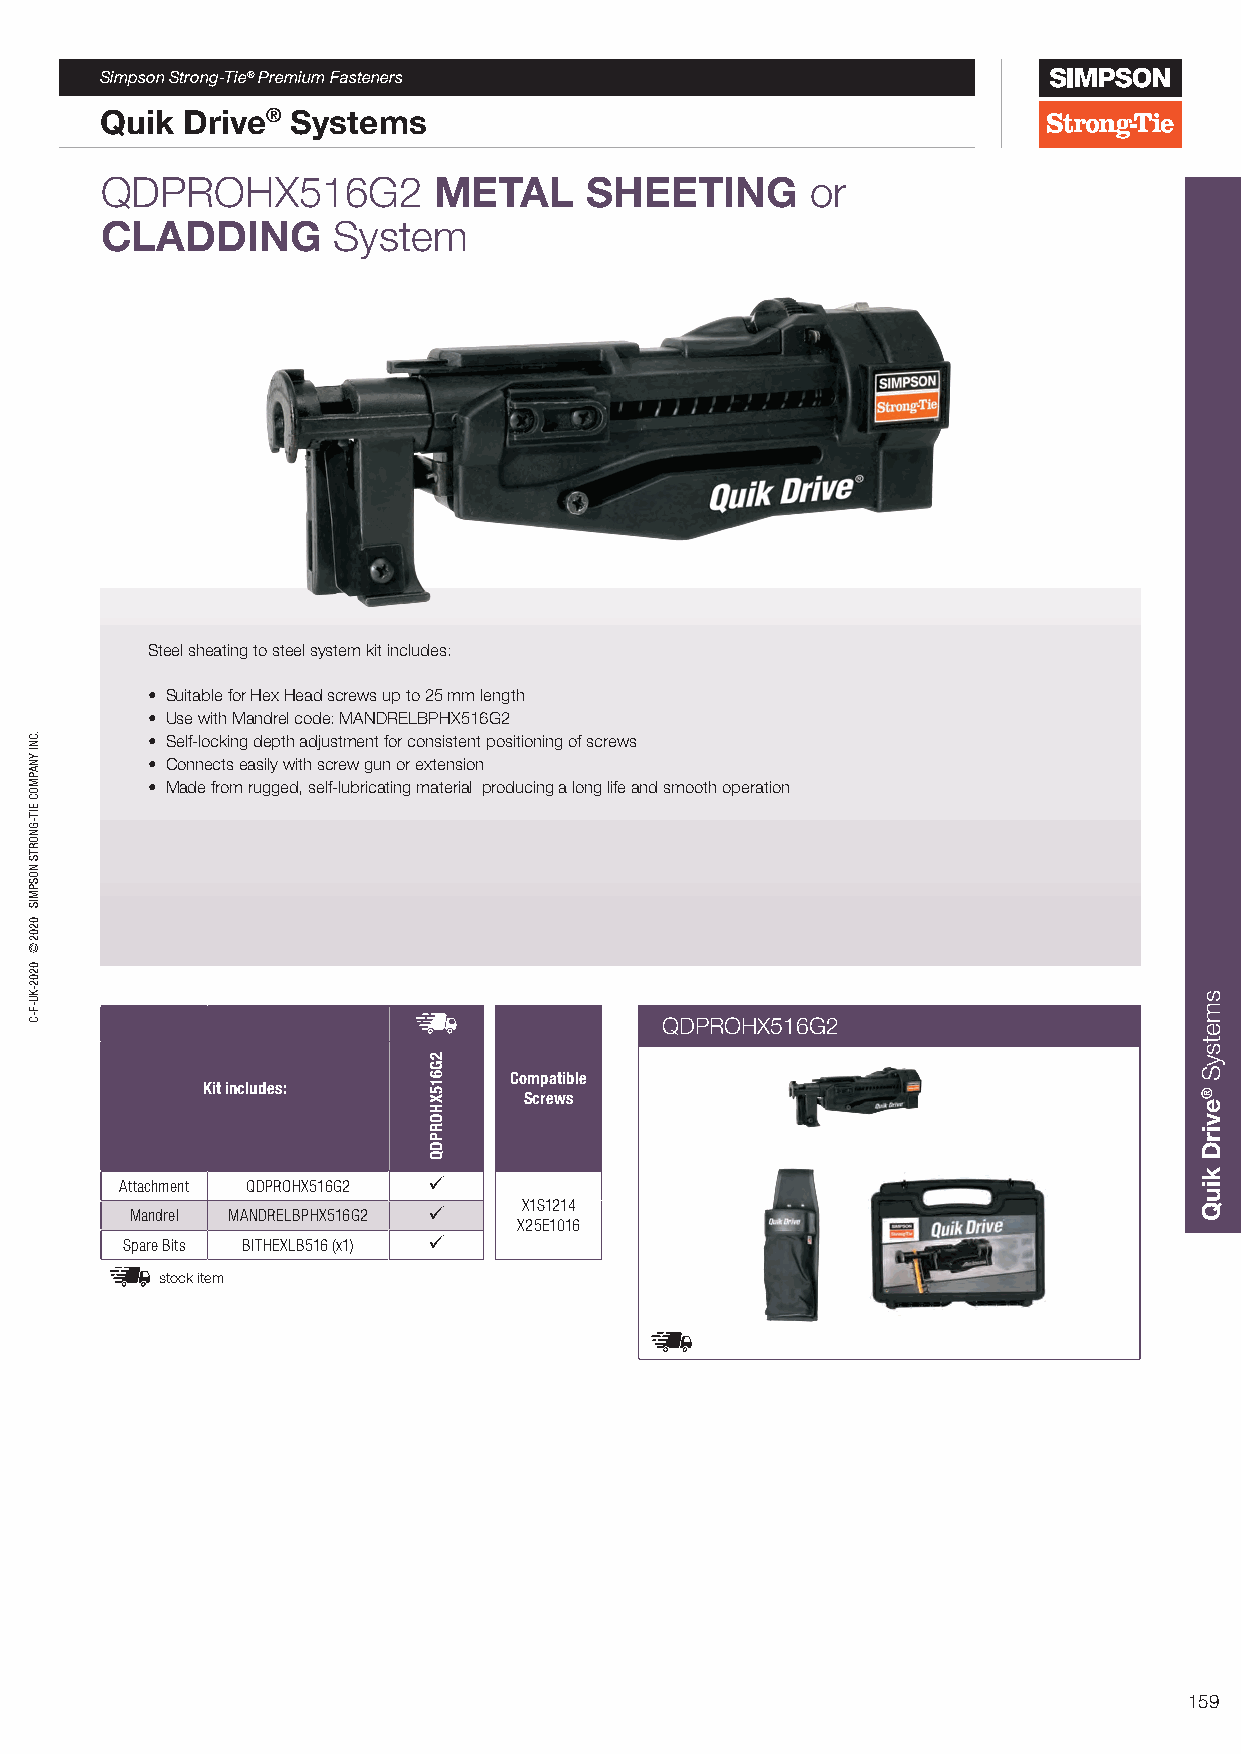
Simpson Strong-Tie® Premium Fasteners
 Quik Drive® Systems
 QDPROHX516G2          METAL     SHEETING       or
 CLADDING       System
 Steel sheating to steel system kit includes:
 • Suitable for Hex Head screws up to 25 mm length
 • Use with Mandrel code: MANDRELBPHX516G2
 • Self-locking depth adjustment for consistent positioning of screws
 • Connects easily with screw gun or extension
 • Made from rugged, self-lubricating material producing a long life and smooth operation
 QDPROHX516G2
 Compatible
 Kit includes:         Screws
 Attachment QDPROHX516G2 
 X1S1214
 Mandrel MANDRELBPHX516G2 
 X25E1016
 Spare Bits BITHEXLB516 (x1) 
 stock item
 159
 .CNI
 YNAPMOC
 EIT-GNORTS
 NOSPMIS
 0202©
 0202-KU-F-C
 2G615XHORPDQ
 smetsyS
 ®evirD
 kiuQ